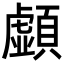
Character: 𩕚